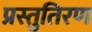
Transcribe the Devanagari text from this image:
प्रस्तुतिरण